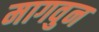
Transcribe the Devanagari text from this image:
मागवुन